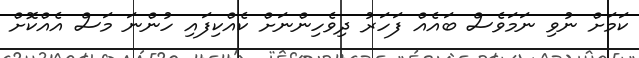
ކަމަށް ނުވި ނަމަވެސް ބައެއް ފަހަރު ދިވެހިންނަށް ކެއްކިފައި ހުންނަ މަސް އެއްކޮށް